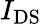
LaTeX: I_{\mathrm{DS}}